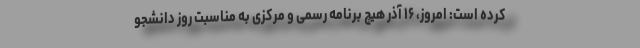
کرده است: امروز، ۱۶ آذر هیچ برنامه رسمی و مرکزی به مناسبت روز دانشجو